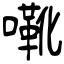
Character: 㗾